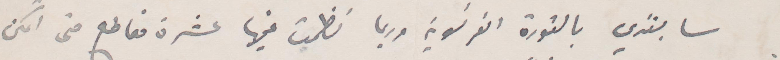
سابتدي بالثورة الفرنسية وربما نظمت فيها عشرة مقاطع متى امكن